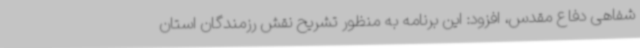
شفاهی دفاع مقدس، افزود: این برنامه به منظور تشریح نقش رزمندگان استان